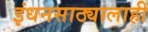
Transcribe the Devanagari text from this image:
इंधनसाठ्यालाही